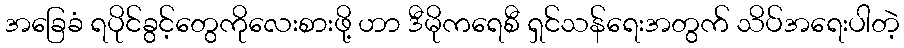
အခြေခံ ရပိုင်ခွင့်တွေကိုလေးစားဖို့ ဟာ ဒီမိုကရေစီ ရှင်သန်ရေးအတွက် သိပ်အရေးပါတဲ့